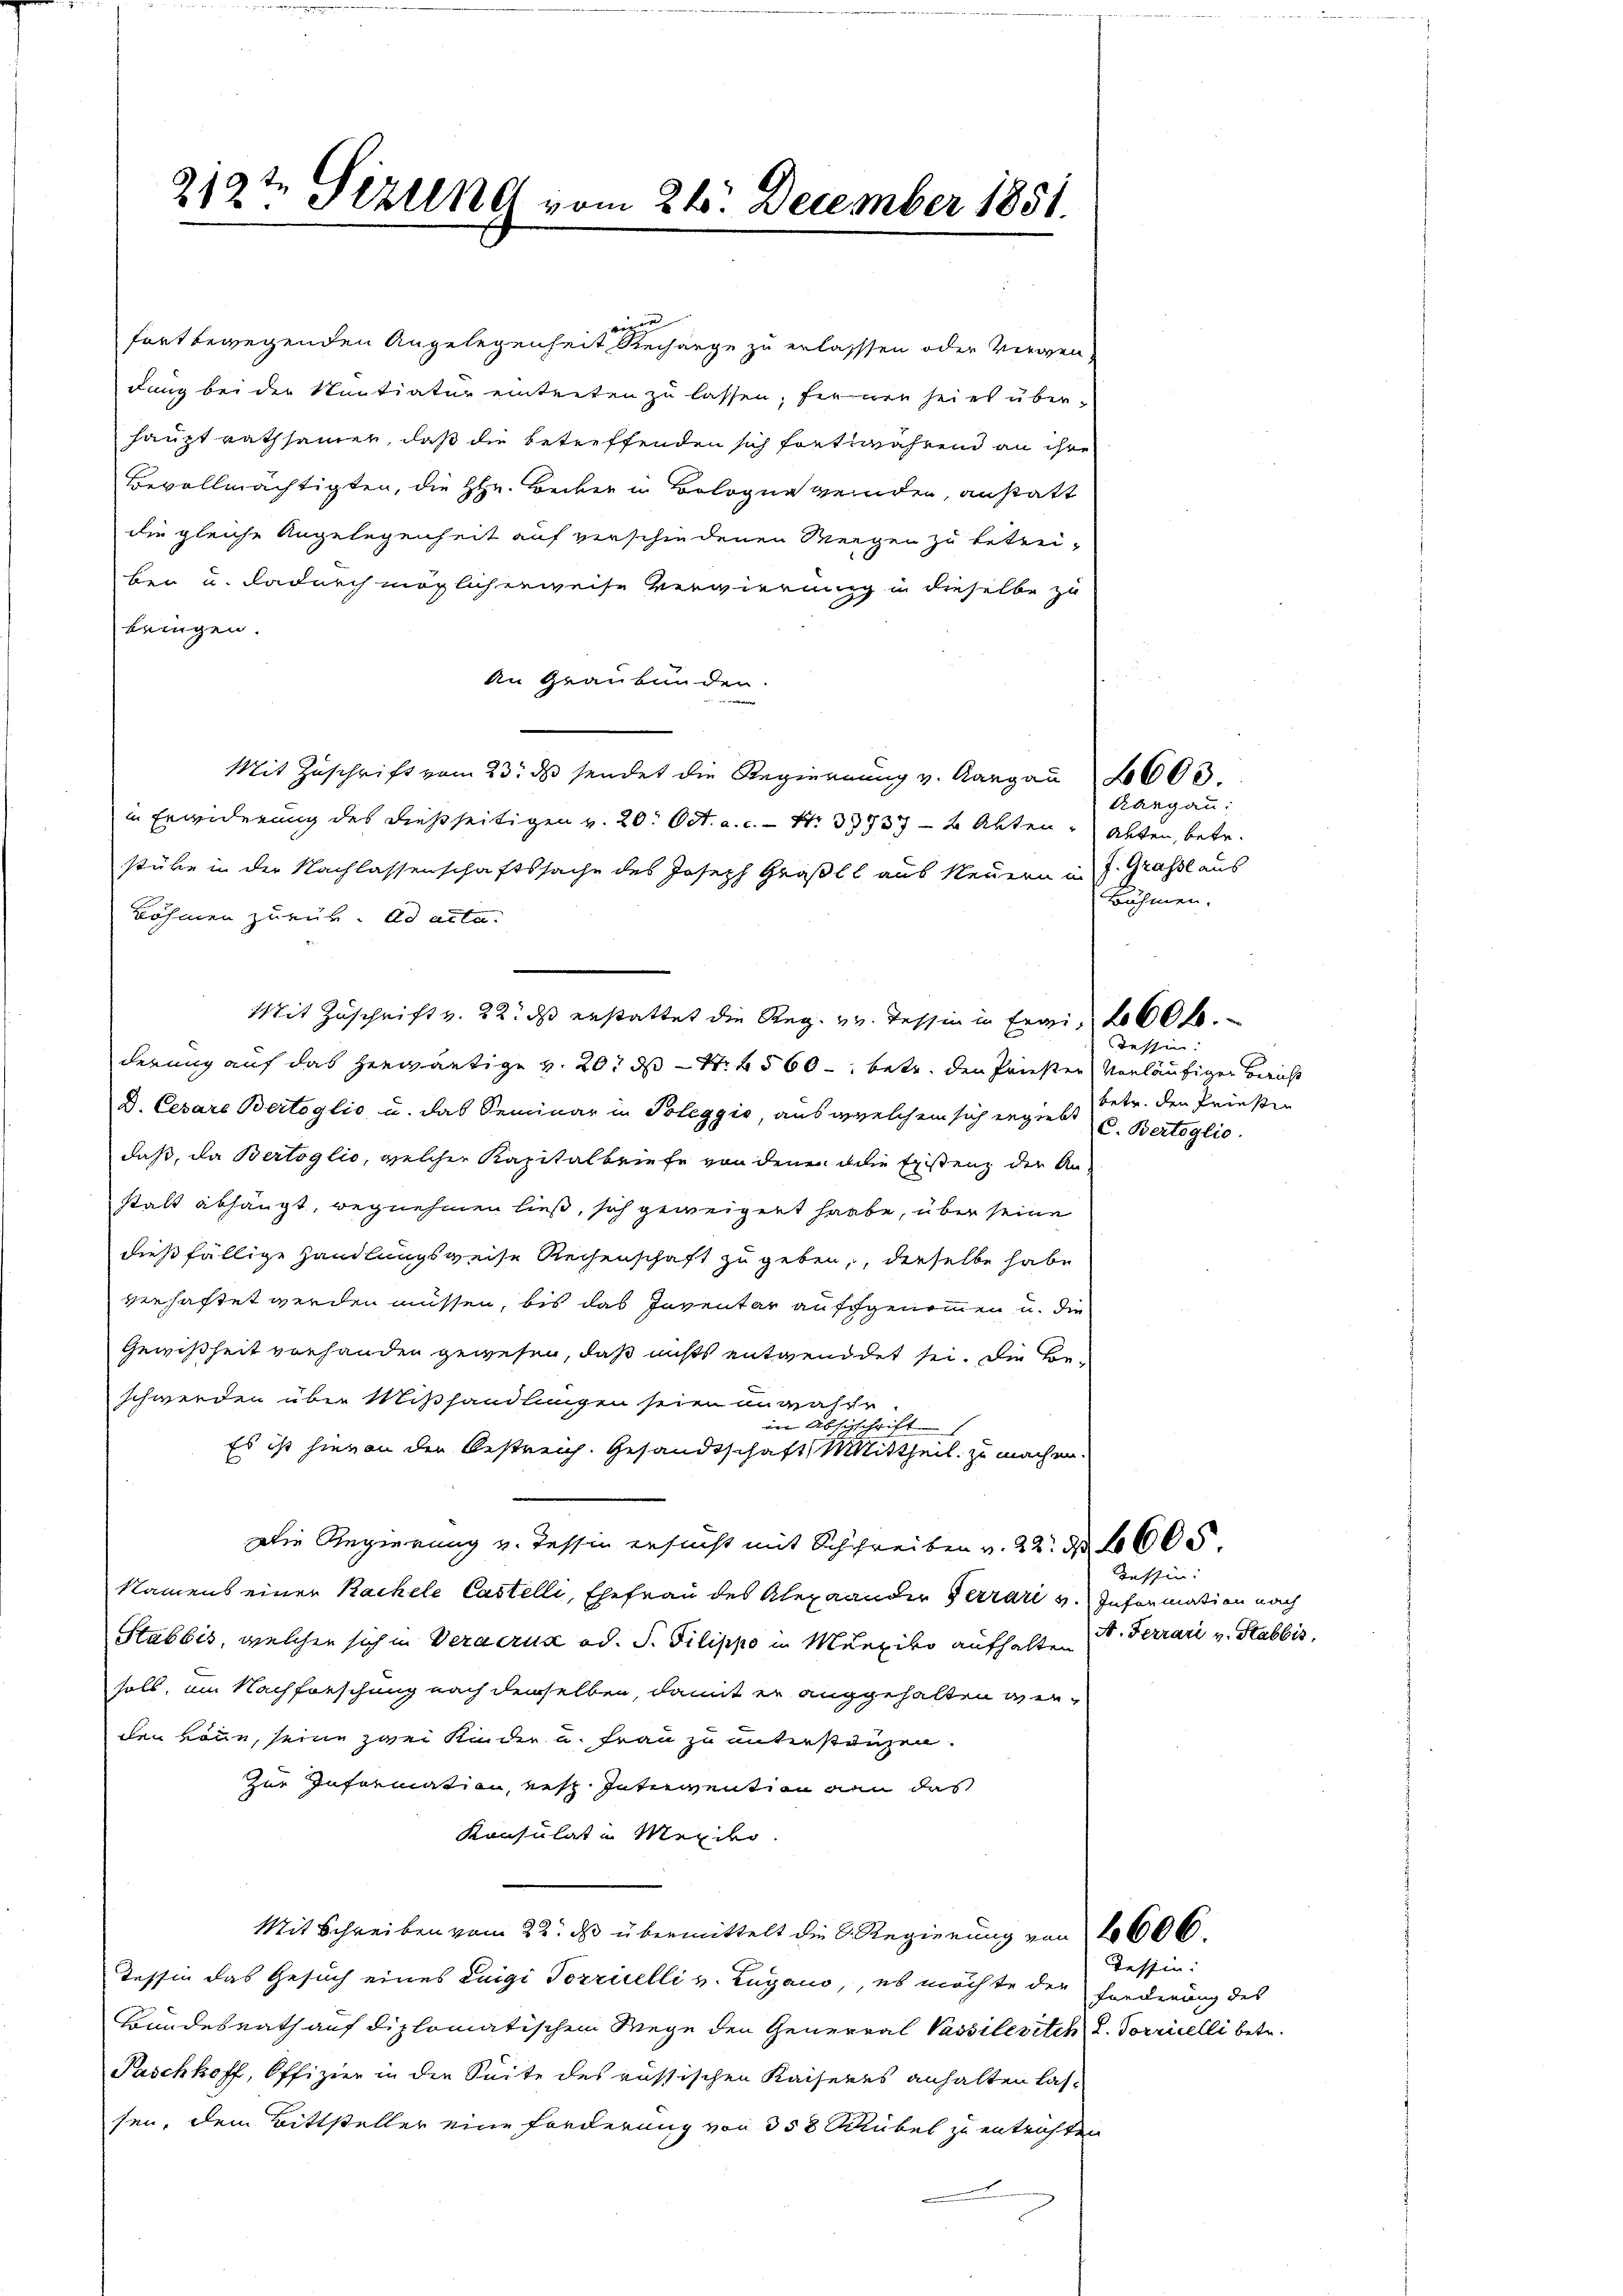
wigen
fort bewegenden Angelegenheit Rechange zu erlassen oder vergen
dung bei der Sentiatur eintreten zu lassen; ferner sei es überhaupt rathsamen, daß die betreffenden sich fortwährend an ihre
Bevollmächtigten, die HHr. Becken in Bologne werden, anstatt
die gleiche Angelegenheit auf verschiedenen Weegen zu betrei-
ben u. dadurch möglicherweise Vergierung in dieselbe zu
beigen.
An Graubünden.
Mit Zuschrift vom 23. ds sendet die Regierung v. Aargau
in Erwiderung des dießseitigen v. 20. Oct. a. c. - Nr. 33737-2 Akten, Abten, betr.
stüke in der Nachlassenschaftssache des Joseph Großel aus Neuern in J. Grasse aus
Böhmen zurück. ad acta.
Mit Zuschrift v. 22. ds erstattet die Reg. v. Tessin in Ergie 100 f
derung auf das herwärtige v. 20. ds S. 560 betr. den Priester vorläufiger Bericht
D. Cesare Bertoglio u. das Seminar in Poleggio, ausgewelchem sich ergiebt
daß, da Bertoglio, welcher Kapitalbriefe von denen die Existenz der An-
stalt abhängt, wegnehmen ließ, sich geweigert habe, über seine
dießfällige Handlungsweise Reisenschaft zu geben, derselbe habe
verhaftet werden müssen, bis das Inventar aufgenommen u. die
Gewißheit vorhanden gewesen, daß nichts entwendet sei. Die Beschwerden über Mißhandlungen seien anmascr.
in Abschschrift
Es ist hievon der Bestreich. Gesandtschaft Mittheil zu machen.
Die Regierung v. Tessin ersucht mit Schreiben v. 22. No 4600.
Namens einer Kachele Castelli, Ehefrau des Alexander Terrari v. Information nach
Stabbis, welcher sich in Veraerud od. S. Filippo in Munziko aufhalten
hals, um Nachforschung nach demselben, damit er angehalten werden könne, seine zwei Kinder u. Frau zu unterstanzen.
zur Information, erst Intimention an das
Konsulat in Merito.
Mit Schreiben vom 22. ds. übermittelt die D. Regierung von 1606.
Tessin das Gesuch eines Luigi Torricelli v. Lugano, es möchte der Forderung des
Bundesrath auf diplomatischem Wege den General Passilesitch L. Vorricelli betr.
Paschkoff, Offizier in die Seite des russischen Kaiseres anhalten lassen, dem Bittsteller eine Forderung von 358 Rübel zu entrichten

§19t Serend vom 21. December 1851.

Aargau:
Bühmen.

6603.

Tessin
betr. den Priesin
C. Bertoglio.

Tessin:
A. Ferrari v. Stabbis.

Tessin: